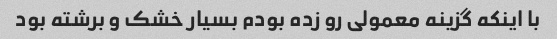
با اینکه گزینه معمولی رو زده بودم بسیار خشک و برشته بود